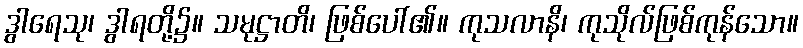
ဒွါရေသု၊ ဒွါရတို့၌။ သမုဋ္ဌာတိ၊ ဖြစ်ပေါ်၏။ ကုသလာနိ၊ ကုသိုလ်ဖြစ်ကုန်သော။